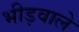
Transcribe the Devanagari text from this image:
भीड़वाले